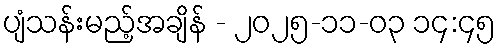
ပျံသန်းမည့်အချိန် - ၂၀၂၅-၁၁-၀၃ ၁၄:၄၅